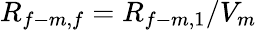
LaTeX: R_{f-m,f}=R_{f-m,1}/V_{m}